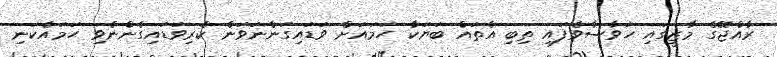
ރާއްޖޭގެ މާޒީގައި ހަވާސާވެފައި ތިބި އެތައް ބަޔަކާ ހަމައަށް ވަޑައިގަންނަވަން ކެރިވަޑައިގެންނެވި ހަމައެކަނި